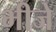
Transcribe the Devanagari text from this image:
भीजे